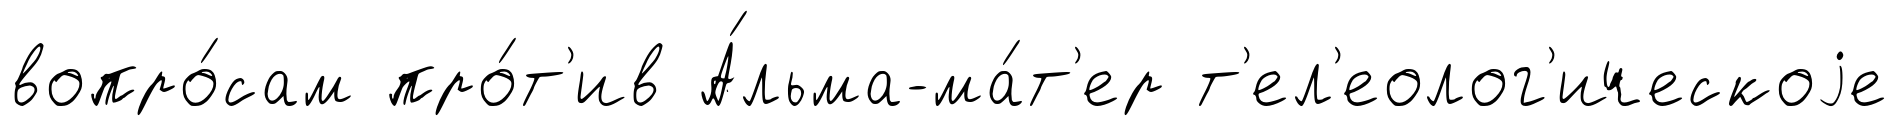
вопро́сам про́т'ив А́льма-ма́т'ер т'ел'еолог'ическоjе